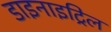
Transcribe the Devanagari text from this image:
डाइनाइट्रिल